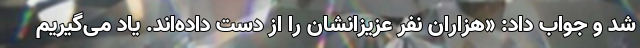
شد و جواب داد: «هزاران نفر عزیزانشان را از دست داده‌اند. یاد می‌گیریم